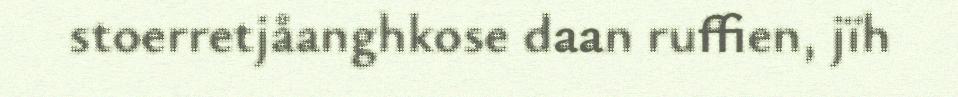
stoerretjåanghkose daan ruffien, jïh